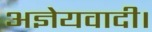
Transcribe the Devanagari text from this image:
अज्ञेयवादी।